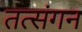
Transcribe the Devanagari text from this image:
तत्संगन